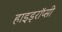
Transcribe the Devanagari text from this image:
हाइड्रॉप्सी